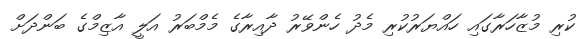
ކުރި މުޒާހަރާގައި ހައްޔަރުކުރި މެދު ހެންވޭރު ދާއިރާގެ މެމްބަރު އަލީ އާޒިމްގެ ބަންދަށް